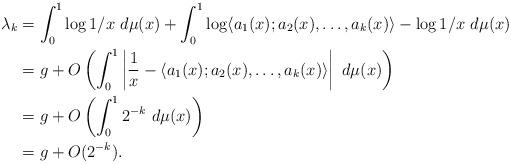
LaTeX: \begin{align*}\lambda_k &= \int_0^1 \log 1/x \ d\mu(x) + \int_0^1 \log \langle a_1(x);a_2(x),\dots,a_k(x) \rangle - \log 1/x \ d\mu(x) \\ &= g + O\left( \int_0^1\left| \frac{1}{x} - \langle a_1(x);a_2(x), \dots, a_k(x) \rangle\right| \ d\mu(x) \right) \\ &= g + O\left( \int_0^1 2^{-k} \ d\mu(x) \right) \\&= g + O(2^{-k}).\end{align*}